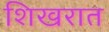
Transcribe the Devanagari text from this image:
शिखरात